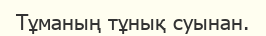
Тұманың тұнық суынан.